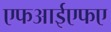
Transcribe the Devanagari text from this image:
एफआईएफए